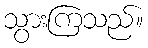
သွားကြသည်။